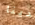
لدينا